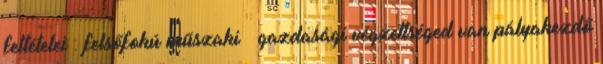
feltételei : felsőfokú műszaki gazdasági végzettséged van pályakezdő